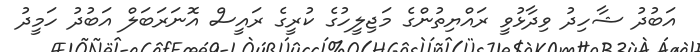
އަބުދު ޝާހިދު ވިދާޅުވީ ރައްޔިތުންގެ މަޖިލީހުގެ ކުރީގެ ރައީސް އޮނަރަބަލް އަބުދު ހަމީދު